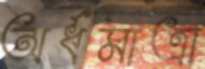
অর্ধমাত্রা